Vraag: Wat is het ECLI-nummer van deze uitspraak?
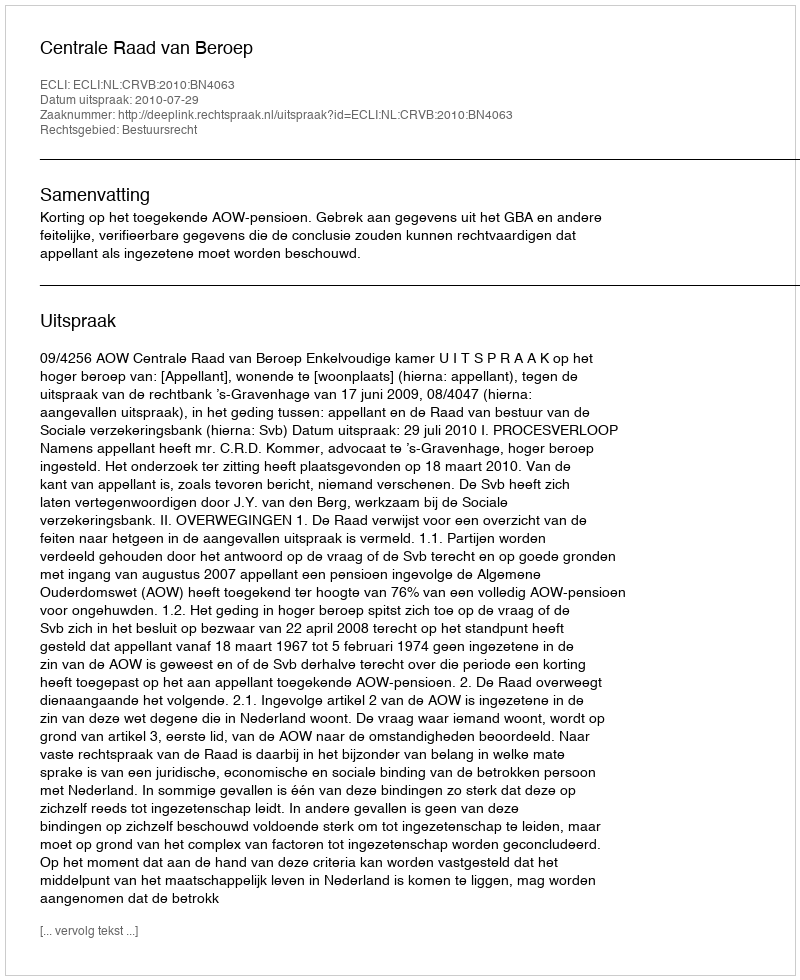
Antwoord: ECLI:NL:CRVB:2010:BN4063